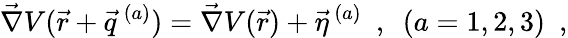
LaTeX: \vec{\nabla}V(\vec{r}+\vec{q}^{\, (a)})=\vec{\nabla}V(\vec{r})+\vec{\eta}^{\, (a)}~~,~~(a=1,2,3)~~,